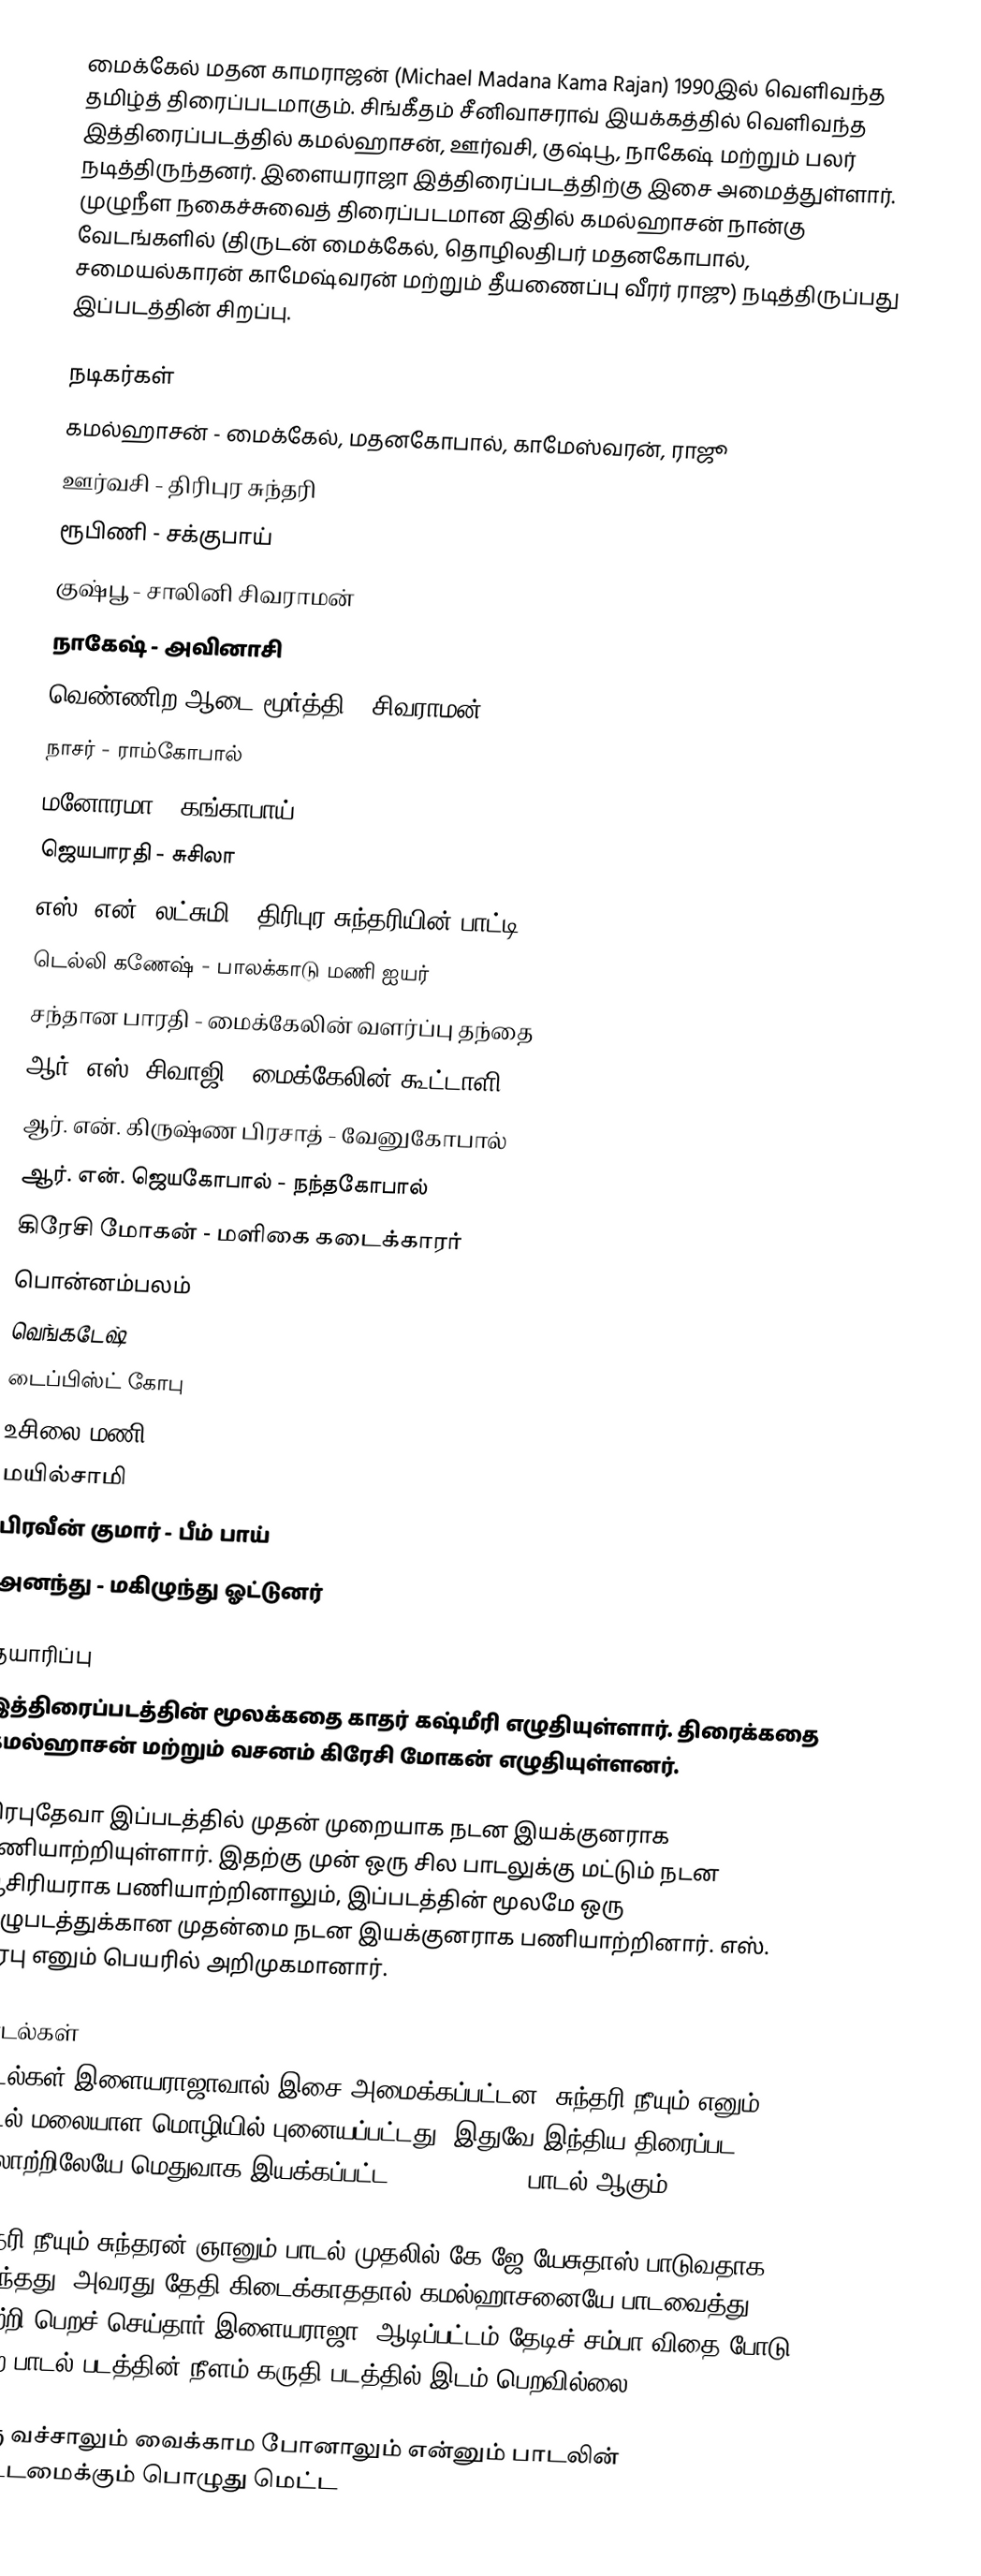
மைக்கேல் மதன காமராஜன் (Michael Madana Kama Rajan) 1990இல் வெளிவந்த தமிழ்த் திரைப்படமாகும். சிங்கீதம் சீனிவாசராவ் இயக்கத்தில் வெளிவந்த இத்திரைப்படத்தில் கமல்ஹாசன், ஊர்வசி, குஷ்பூ, நாகேஷ் மற்றும் பலர் நடித்திருந்தனர். இளையராஜா இத்திரைப்படத்திற்கு இசை அமைத்துள்ளார். முழுநீள நகைச்சுவைத் திரைப்படமான இதில் கமல்ஹாசன் நான்கு வேடங்களில் (திருடன் மைக்கேல், தொழிலதிபர் மதனகோபால், சமையல்காரன் காமேஷ்வரன் மற்றும் தீயணைப்பு வீரர் ராஜு) நடித்திருப்பது இப்படத்தின் சிறப்பு.

நடிகர்கள்
 கமல்ஹாசன் - மைக்கேல், மதனகோபால், காமேஸ்வரன், ராஜூ
 ஊர்வசி - திரிபுர சுந்தரி
 ரூபிணி - சக்குபாய்
 குஷ்பூ - சாலினி சிவராமன்
 நாகேஷ் - அவினாசி
 வெண்ணிற ஆடை மூர்த்தி - சிவராமன்
 நாசர் - ராம்கோபால்
 மனோரமா - கங்காபாய்
 ஜெயபாரதி - சுசிலா
 எஸ். என். லட்சுமி - திரிபுர சுந்தரியின் பாட்டி
 டெல்லி கணேஷ் - பாலக்காடு மணி ஐயர்
 சந்தான பாரதி - மைக்கேலின் வளர்ப்பு தந்தை
 ஆர். எஸ். சிவாஜி - மைக்கேலின் கூட்டாளி
 ஆர். என். கிருஷ்ண பிரசாத் - வேனுகோபால்
 ஆர். என். ஜெயகோபால் - நந்தகோபால்
 கிரேசி மோகன் - மளிகை கடைக்காரர்
 பொன்னம்பலம்
 வெங்கடேஷ்
 டைப்பிஸ்ட் கோபு
 உசிலை மணி
 மயில்சாமி
 பிரவீன் குமார் - பீம் பாய்
 அனந்து - மகிழுந்து ஓட்டுனர்

தயாரிப்பு
இத்திரைப்படத்தின் மூலக்கதை காதர் கஷ்மீரி எழுதியுள்ளார். திரைக்கதை கமல்ஹாசன் மற்றும் வசனம் கிரேசி மோகன் எழுதியுள்ளனர்.

பிரபுதேவா இப்படத்தில் முதன் முறையாக நடன இயக்குனராக பணியாற்றியுள்ளார். இதற்கு முன் ஒரு சில பாடலுக்கு மட்டும் நடன ஆசிரியராக பணியாற்றினாலும், இப்படத்தின் மூலமே ஒரு முழுபடத்துக்கான முதன்மை நடன இயக்குனராக பணியாற்றினார். எஸ். பிரபு எனும் பெயரில் அறிமுகமானார்.

பாடல்கள்
பாடல்கள் இளையராஜாவால் இசை அமைக்கப்பட்டன. சுந்தரி நீயும் எனும் பாடல் மலையாள மொழியில் புனையப்பட்டது. இதுவே இந்திய திரைப்பட வரலாற்றிலேயே மெதுவாக இயக்கப்பட்ட (slow motion) பாடல் ஆகும்.

சுந்தரி நீயும் சுந்தரன் ஞானும் பாடல் முதலில் கே.ஜே.யேசுதாஸ் பாடுவதாக இருந்தது, அவரது தேதி கிடைக்காததால் கமல்ஹாசனையே பாடவைத்து வெற்றி பெறச் செய்தார் இளையராஜா. ஆடிப்பட்டம் தேடிச் சம்பா விதை போடு என்ற பாடல் படத்தின் நீளம் கருதி படத்தில் இடம் பெறவில்லை.

பேரு வச்சாலும் வைக்காம போனாலும் என்னும் பாடலின் மெட்டமைக்கும் பொழுது மெட்ட